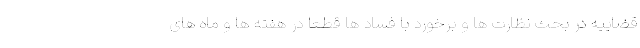
قضاییه در بحث نظارت ها و برخورد با فساد ها قطعا در هفته ها و ماه های